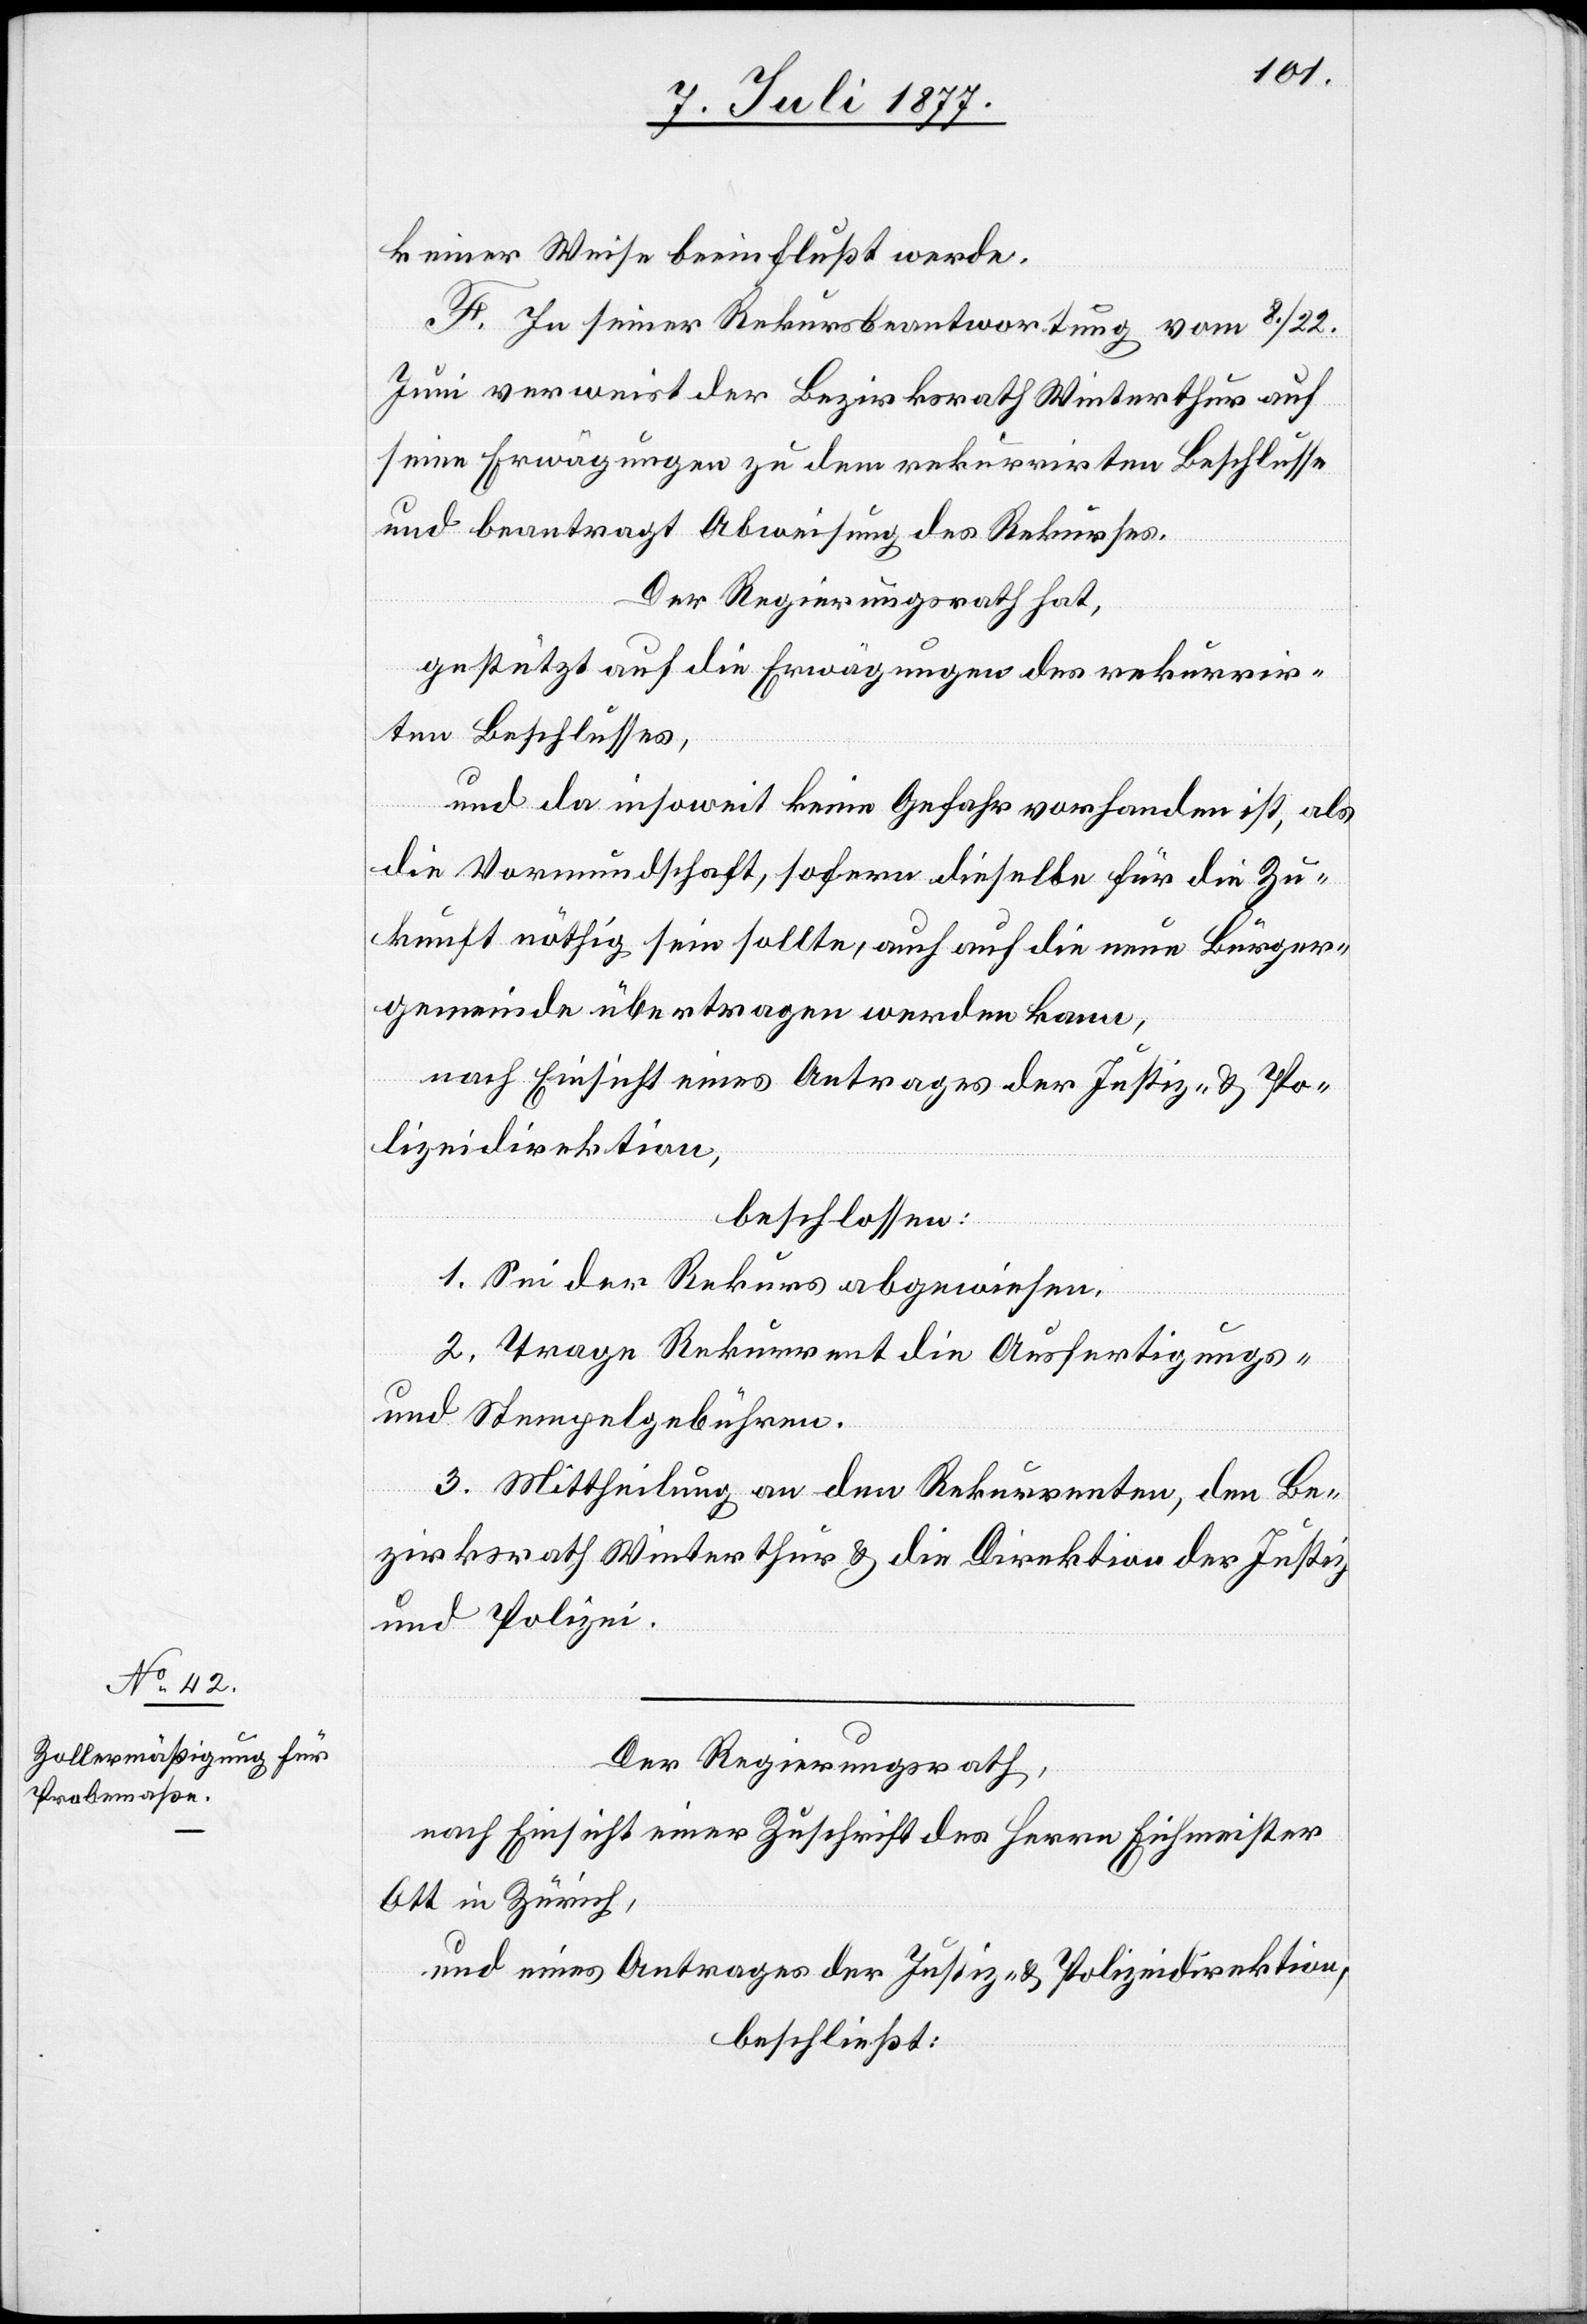
keiner Weise beeinflußt werde.
F. In seiner Rekursbeantwortung vom 8./22.
Juni verweist der Bezirksrath Winterthur auf
seine Erwägungen zu dem rekurrirten Beschlusse
und beantragt Abweisung des Rekurses.
Der Regierungsrath hat,
gestützt auf die Erwägungen des rekurrir¬
ten Beschlusses,
und da insoweit keine Gefahr vorhanden ist, als
die Vormundschaft, sofern dieselbe für die Zu¬
kunft nöthig sein sollte, auch auf die neue Bürger¬
gemeinde übertragen werden kann,
nach Einsicht eines Antrages der Justiz- & Po¬
lizeidirektion,
beschlossen:
1. Sei der Rekurs abgewiesen.
2. Trage Rekurrent die Ausfertigungs-
und Stempelgebühren.
3. Mittheilung an den Rekurrenten, den Be¬
zirksrath Winterthur & die Direktion der Justiz
und Polizei.
Der Regierungsrath,
nach Einsicht einer Zuschrift des Herrn Eichmeister
Ott in Zürich,
und eines Antrages der Justiz- & Polizeidirektion,
beschließt: